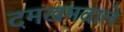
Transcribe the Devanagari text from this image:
दमखमवाले